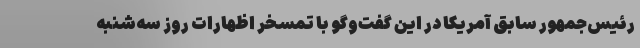
رئیس‌جمهور سابق آمریکا در این گفت‌وگو با تمسخر اظهارات روز سه‌شنبه